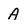
Character: A